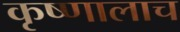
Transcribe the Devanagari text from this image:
कृष्णालाच